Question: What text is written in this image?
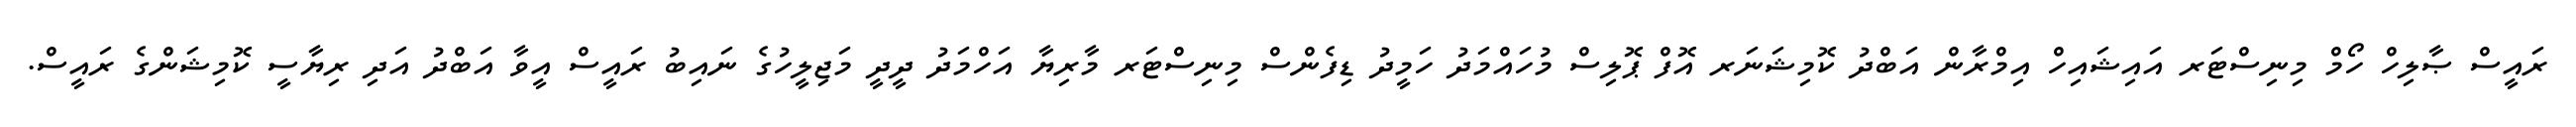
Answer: ރައީސް ޞާލިހް ހޯމް މިނިސްޓަރ އައިޝައިހް އިމްރާން އަބްދު ކޮމިޝަނަރ އޮފް ޕޮލިސް މުހައްމަދު ހަމީދު ޑިފެންސް މިނިސްޓަރ މާރިޔާ އަހްމަދު ދީދީ މަޖިލީހުގެ ނައިބު ރައީސް އީވާ އަބްދު އަދި ރިޔާސީ ކޮމިޝަންގެ ރައީސް.